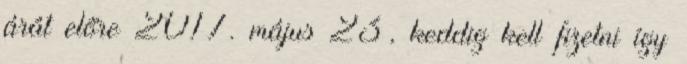
árát előre 2017. május 23, keddig kell fizetni így